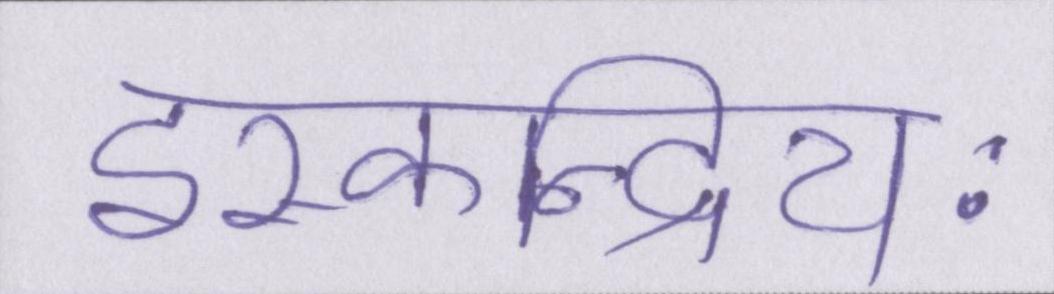
इस्कन्द्रियः